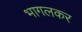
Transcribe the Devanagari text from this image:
भागलकर